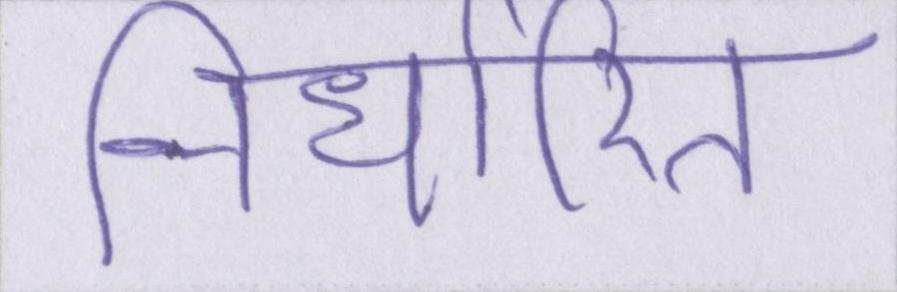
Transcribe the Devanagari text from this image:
निर्धारित